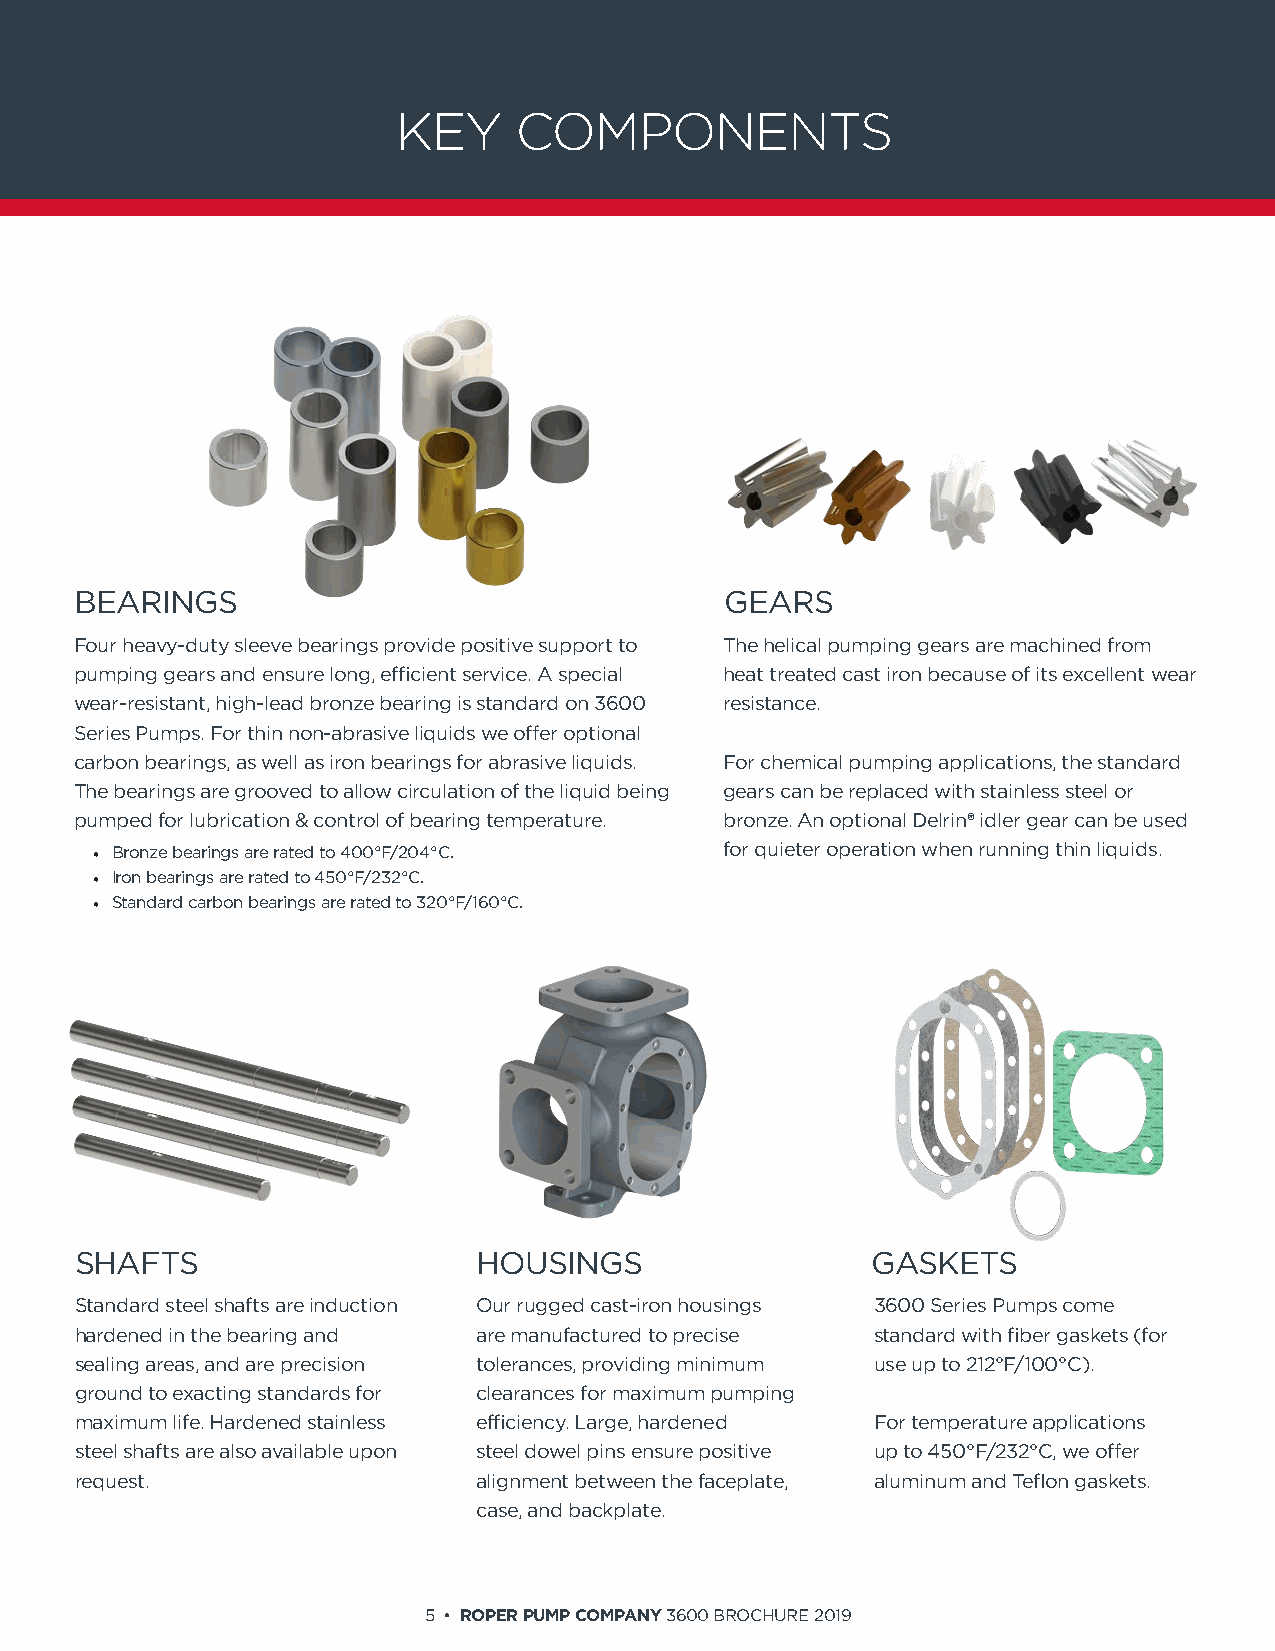
KEY     COMPONENTS
 BEARINGS                                   GEARS
 Four heavy-duty sleeve bearings provide positive support to The helical pumping gears are machined from
 pumping gears and ensure long, efficient service. A special heat treated cast iron because of its excellent wear
 wear-resistant, high-lead bronze bearing is standard on 3600 resistance.
 Series Pumps. For thin non-abrasive liquids we offer optional
 carbon bearings, as well as iron bearings for abrasive liquids. For chemical pumping applications, the standard
 The bearings are grooved to allow circulation of the liquid being gears can be replaced with stainless steel or
 pumped for lubrication & control of bearing temperature. bronze. An optional Delrin® idler gear can be used
 • Bronze bearings are rated to 400°F/204°C. for quieter operation when running thin liquids.
 • Iron bearings are rated to 450°F/232°C.
 • Standard carbon bearings are rated to 320°F/160°C.
 SHAFTS                     HOUSINGS                  GASKETS
 Standard steel shafts are induction Our rugged cast-iron housings 3600 Series Pumps come
 hardened in the bearing and are manufactured to precise standard with fiber gaskets (for
 sealing areas, and are precision tolerances, providing minimum use up to 212°F/100°C).
 ground to exacting standards for clearances for maximum pumping
 maximum life. Hardened stainless efficiency. Large, hardened For temperature applications
 steel shafts are also available upon steel dowel pins ensure positive up to 450°F/232°C, we offer
 request.                   alignment between the faceplate, aluminum and Teflon gaskets.
 case, and backplate.
 5 • ROPER PUMP COMPANY 3600 BROCHURE 2019